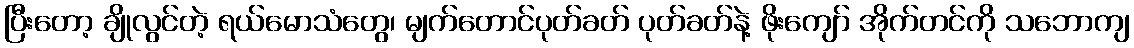
ပြီးတော့ ချိုလွင်တဲ့ ရယ်မောသံတွေ၊ မျက်တောင်ပုတ်ခတ် ပုတ်ခတ်နဲ့ ဖိုးကျော် အိုက်တင်ကို သဘောကျ